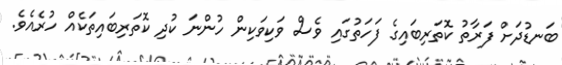
ބަނޑުދަށް ފަރާތު ކޮތަރިބައިގެ ފަހަތުގައި ވެސް ވަކިވަކިން ހުންނަ ކުދި ކޮތަރިބައިތަކެއް ހުރެއެވެ.